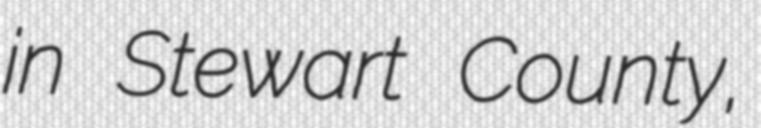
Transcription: in Stewart County,